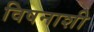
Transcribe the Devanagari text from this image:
विषनाशी